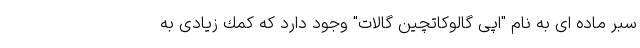
سبر ماده ای به نام "اپی گالوكاتچین گالات" وجود دارد که كمك زیادی به